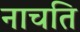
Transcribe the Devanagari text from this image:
नाचति